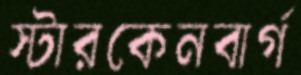
স্টারকেনবার্গ